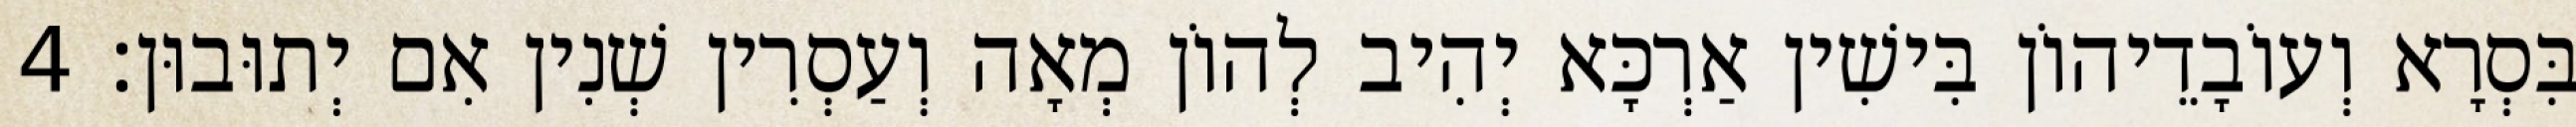
בִּסְרָא וְעוֹבָדֵיהוֹן בִּישִׁין אַרְכָּא יְהִיב לְהוֹן מְאָה וְעַסְרִין שְׁנִין אִם יְתוּבוּן׃ 4